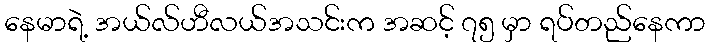
နေမာရဲ့ အယ်လ်ဟီလယ်အသင်းက အဆင့် ၇၅ မှာ ရပ်တည်နေကာ